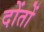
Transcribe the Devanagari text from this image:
दोंतों